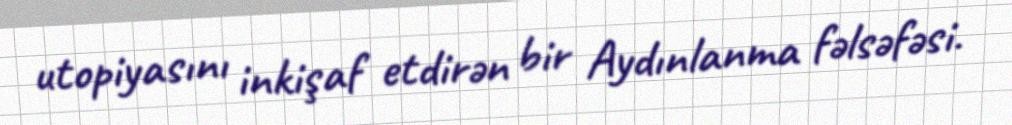
utopiyasını inkişaf etdirən bir Aydınlanma fəlsəfəsi.